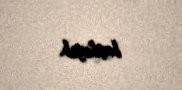
başlayıb.